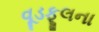
વૂડફૂલના